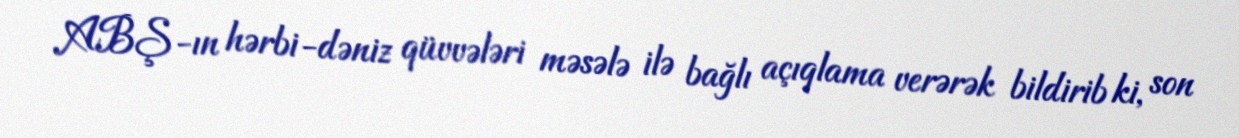
ABŞ-ın hərbi-dəniz qüvvələri məsələ ilə bağlı açıqlama verərək bildirib ki, son